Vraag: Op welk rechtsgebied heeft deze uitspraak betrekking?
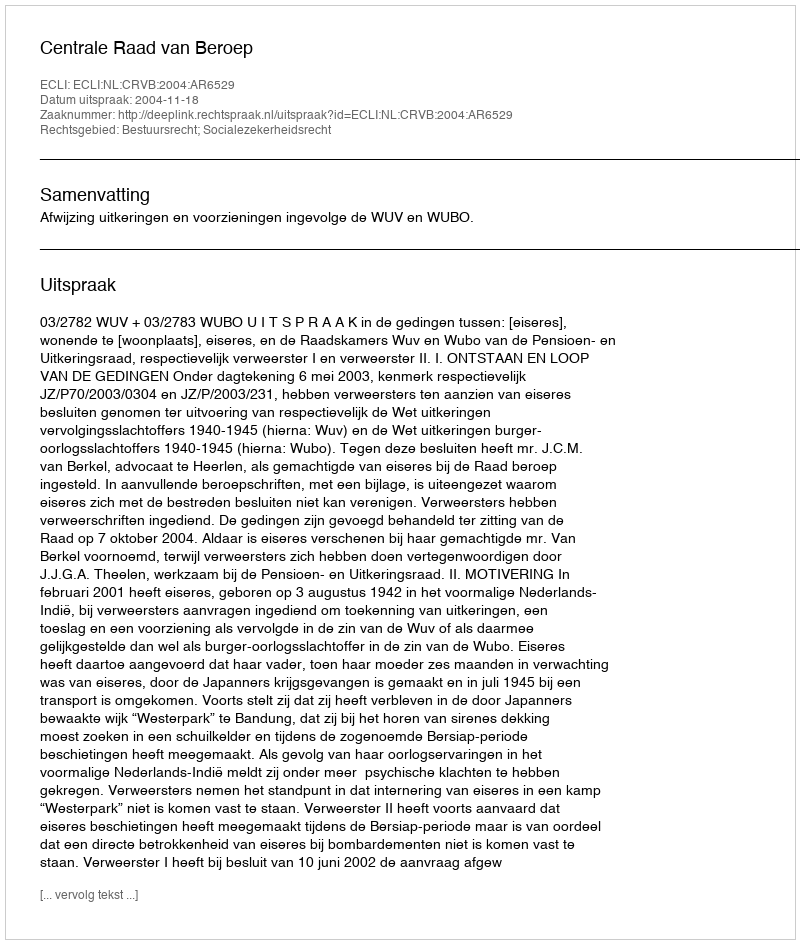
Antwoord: Bestuursrecht; Socialezekerheidsrecht